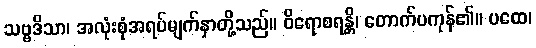
သဗ္ဗဒိသာ၊ အလုံးစုံအရပ်မျက်နှာတို့သည်။ ဝိရောစရန္တိ၊ တောက်ပကုန်၏။ ပထေ၊